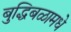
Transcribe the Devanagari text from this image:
बुद्धिबळामधे